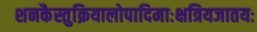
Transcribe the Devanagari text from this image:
शनकैस्तुक्रियालोपादिमाःक्षत्रियजातयः